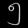
Digit: ၅